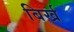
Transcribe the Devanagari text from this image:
बिर्ख